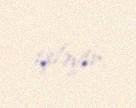
işləyir.